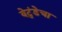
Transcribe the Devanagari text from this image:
येटुंडेचा